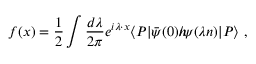
f ( x ) = \frac 1 2 \int \frac { d \lambda } { 2 \pi } e ^ { i \lambda \cdot x } \langle P | \bar { \psi } ( 0 ) n \! \! \! / \psi ( \lambda n ) | P \rangle \ ,